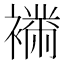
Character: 𧝉